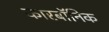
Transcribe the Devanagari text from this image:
कारबॉनिक